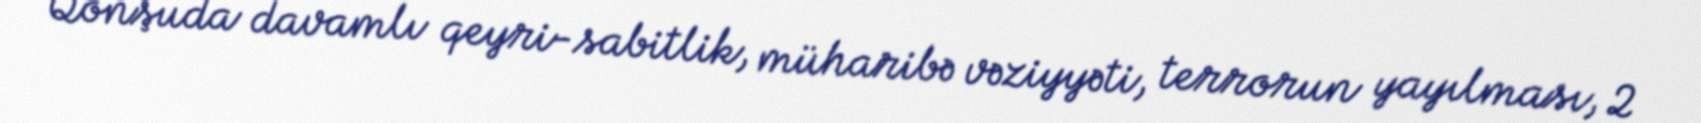
Qonşuda davamlı qeyri-sabitlik, müharibə vəziyyəti, terrorun yayılması, 2